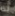
لذا